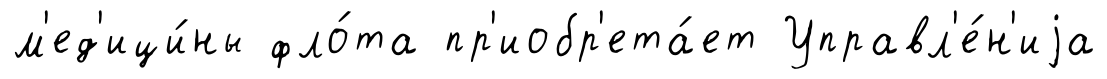
м'ед'ици́ны фло́та пр'иобр'ета́ет Управл'е́н'иjа